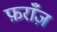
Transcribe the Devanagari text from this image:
फ़राँज़